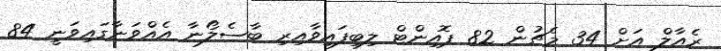
ރެއާލް އަށް 34 މެޗުން 82 ޕޮއިންޓް ލިބިފައިވާއިރި ބާސެލޯނާ އެއްވަނާގައިވަނީ 84